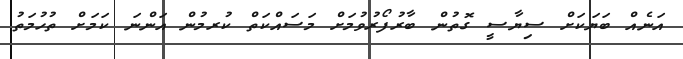
އަނެއް ބަޔަކަށް ސިޔާސީ ގޮތުން ބާރުފޯރުވުމަށް މަސައްކަތް ކުރމުން އަންނަ ކަމަށް ތުހުމަތު